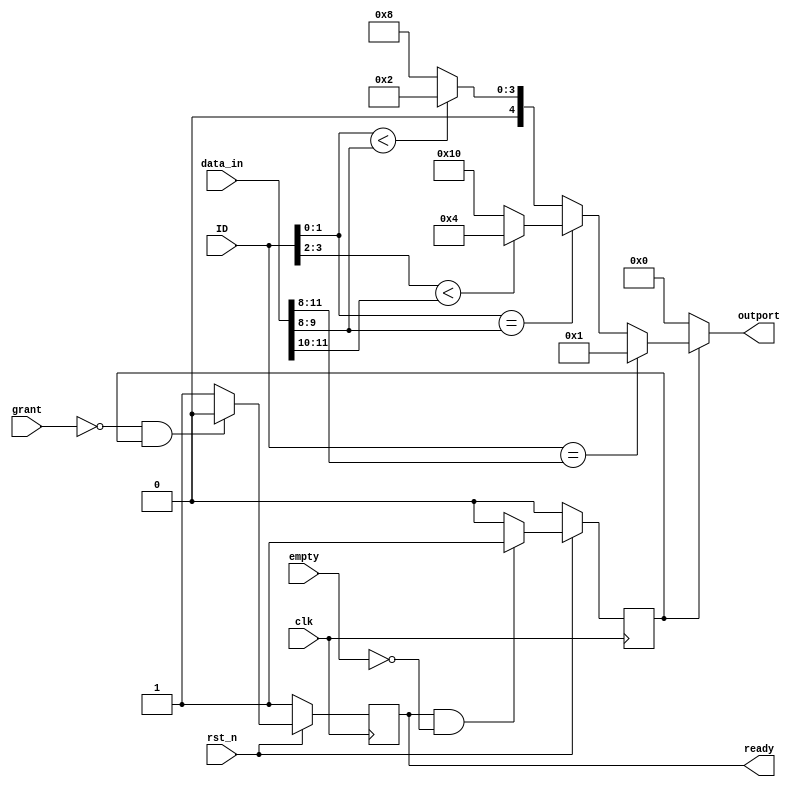
//  output[0] processor
//  output[1] east
//  output[2] south
//  output[3] west
//  output[4] north

//--------------------------
// Tiles by their IDs
// ID[1:0] corresponds to the column number and ID[3:2] corresponds to row number
//	0000	0001	0010
//	0100	0101	0110
//	1000	1001	1010
//--------------------------

module route_table (
		    input clk,
		    input rst_n,
		    input[11:0] data_in,
		    output reg[4:0] outport,
		    input empty,
		    input grant,
		    output reg ready,
		    input [3:0] ID
		    );

   reg [11:0] 			data_out;
   wire [11:0] 			flit;
   wire [3:0] 			dest;
   reg 				request;
   
   assign flit = data_in;
   assign dest = flit[11:8];

   always @(posedge clk)
     begin
	if(!rst_n) begin	   
	   request <= 1'b0;
	   ready   <= 1'b1;
	end
	else
	  begin
	     if(ready == 1'b1 && empty == 1'b0)
	       request <= 1'b1;
	     else
	       request <= 1'b0;

	     if(grant==1'b0 && request == 1'b1)
	       ready <= 1'b0;
	     else
	       ready <= 1'b1;	     	     
	  end
	
     end
   
   
   //XY routing strategy     
   always @(*) 
     begin
	if(request == 1'b0)
	  outport = 5'b00000; 
	else 
	  begin
	     if(ID == dest)
	       outport = 5'b00001; 
	     else if(ID[1:0] == dest[1:0]) //dest in this column, route in Y
	       begin 
		  if(ID[3:2] < dest[3:2])
		    outport = 5'b00100;   //go south
		  else
		    outport = 5'b10000;   //go north
	       end	   
	     else  //dest not in this column, route in X
	       begin 
		  if(ID[1:0] < dest[1:0])      
		    outport = 5'b00010;  //go east
		  else
		    outport = 5'b01000;  //go west
	       end
	  end
     end


endmodule